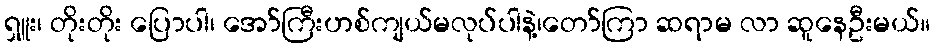
ရှူး၊ တိုးတိုး ပြောပါ၊ အော်ကြီးဟစ်ကျယ်မလုပ်ပါနဲ့၊တော်ကြာ ဆရာမ လာ ဆူနေဦးမယ်။